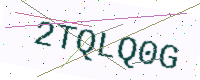
Text: 2TQLQ0G